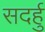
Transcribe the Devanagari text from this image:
सदर्हु